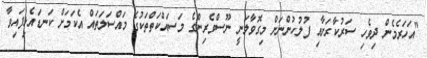
"އަހަރެމެން ދިވެހި ސަރުކާރަށާއި ފުލުހުންނަށް މިގޮވާލަނީ ނޫސްވެރިންގެ މަސައްކަތްތަކުގެ މައްސަލަތައް އެކަމަށް ކަނޑައެޅިފައިވާ